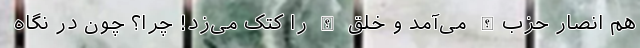
هم انصار حزب‌الله می‌آمد و خلق الله را کتک می‌زد! چرا؟ چون در نگاه